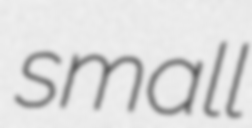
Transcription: small